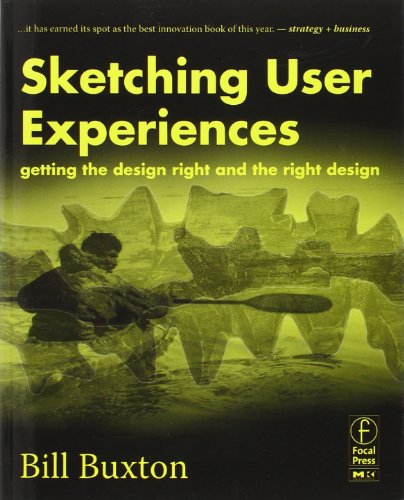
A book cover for Sketching User Experiences:  Getting the Design Right and the Right Design (Interactive Technologies); Bill Buxton; Engineering & Transportation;